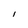
Character: I